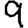
Digit: 9